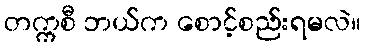
တက္ကစီ ဘယ်က စောင့်စည်းရမလဲ။